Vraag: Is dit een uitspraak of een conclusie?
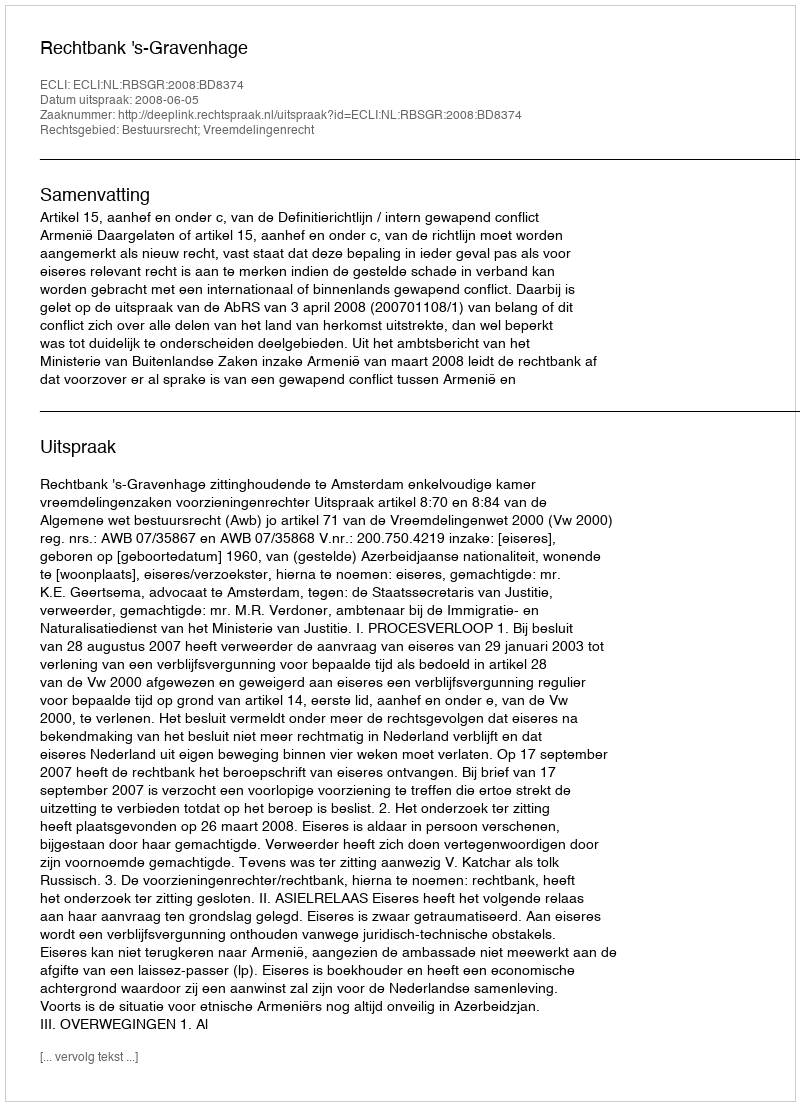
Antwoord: Uitspraak